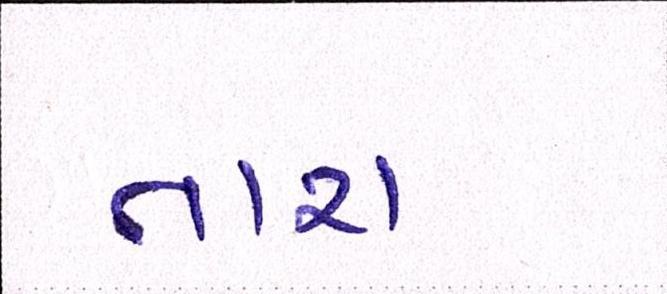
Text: તારા